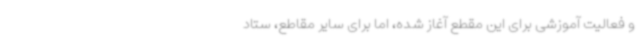
و فعالیت آموزشی برای این مقطع آغاز شده، اما برای سایر مقاطع، ستاد